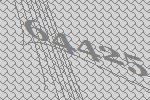
64425